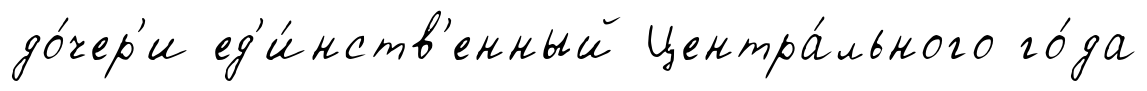
до́чер'и ед'и́нств'енный Центра́льного го́да